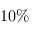
1 0 \%